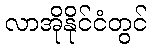
လာအိုနိုင်ငံတွင်